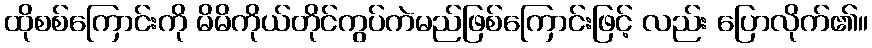
ထိုစစ်ကြောင်းကို မိမိကိုယ်တိုင်ကွပ်ကဲမည်ဖြစ်ကြောင်းဖြင့် လည်း ပြောလိုက်၏။